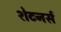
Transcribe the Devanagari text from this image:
शेटनर्स